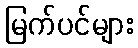
မြက်ပင်များ